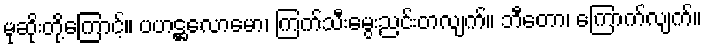
မုဆိုးတို့ကြောင့်။ ပဟဋ္ဌလောမော၊ ကြက်သီးမွေးညင်းတလျက်။ ဘီတော၊ ကြောက်လျက်။